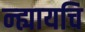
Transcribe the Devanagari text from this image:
न्ह्यायचि